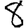
Digit: 8